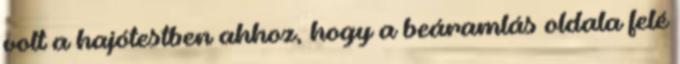
volt a hajótestben ahhoz, hogy a beáramlás oldala felé